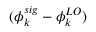
( \phi _ { k } ^ { s i g } - \phi _ { k } ^ { L O } )